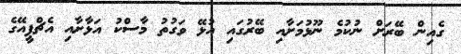
ގެއިން ބޭރަށް ނުކުމެ ނޫޅުމަށާއި ބޭރުގައި އުޅޭ ވަގުތު މާސްކު އަޅާށާއި އެޗްޕީއޭގެ